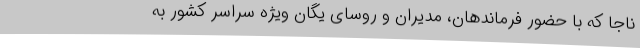
ناجا که با حضور فرماندهان، مدیران و روسای یگان ویژه سراسر کشور به